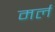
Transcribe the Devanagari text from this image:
मर्ल